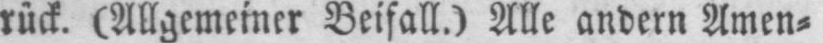
rück. (Allgemeiner Beifall.) Alle andern Amen⸗